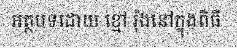
អត្ថបទដោយ ខ្មៅ រ៉ុងនៅក្នុងពិធី